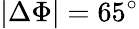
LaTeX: |\Delta\Phi|=65^{\circ}